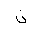
Letter: _non